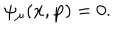
LaTeX: \psi _ { \mu } ( \mathbf { x } , \mathbf { p } ) = 0 .